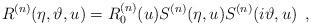
LaTeX: \begin{align*}R^{(n)}(\eta ,\vartheta ,u)=R_{0}^{(n)}(u)S^{(n)}(\eta ,u)S^{(n)}(i\vartheta ,u)\, \, \, ,\end{align*}